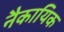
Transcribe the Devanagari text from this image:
नैकायिक